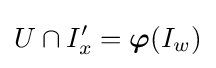
U\cap I'_{x}={\boldsymbol {\varphi }}(I_{w})